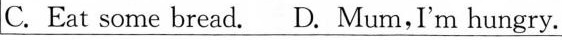
C.Eat some bread. D.Mum，I'm hungry.